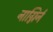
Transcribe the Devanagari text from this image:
नाग्निर्न